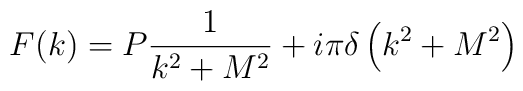
F(k) = P \frac {1} {k^2 + M^2} + i \pi \delta \left( k^2 + M^2\right)